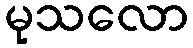
မုသလော